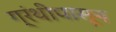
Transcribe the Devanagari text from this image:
ग्रंथीपासून